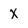
Character: x